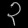
Digit: ၃